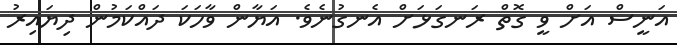
އަނީސް އަށް ވީ ގޮތް ރަނގަޅަށް އެނގުނެވެ. އަޔާން ވާހަކަ ދައްކަމުން ދިޔައިރު